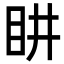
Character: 𭾠